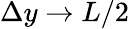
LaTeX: \Delta y\to L/2